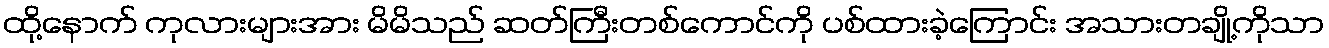
ထို့နောက် ကုလားများအား မိမိသည် ဆတ်ကြီးတစ်ကောင်ကို ပစ်ထားခဲ့ကြောင်း အသားတချို့ကိုသာ